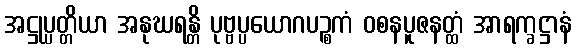
အဋ္ဌုပ္ပတ္တိယာ အနုဃရန္တိ ပုဗ္ဗပ္ပယောဂပဉ္စကံ ဝစနပူဇနတ္ထံ အာရက္ခဋ္ဌာနံ